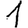
Digit: 1